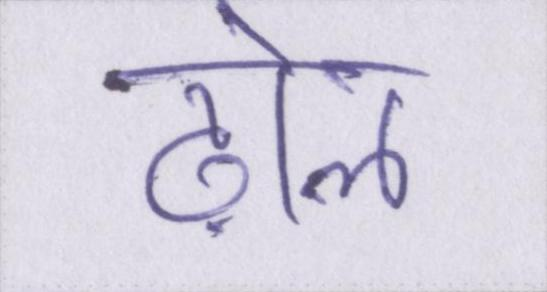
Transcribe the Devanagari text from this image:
ढ़ोल